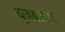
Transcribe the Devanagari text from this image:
बृजबालाएं